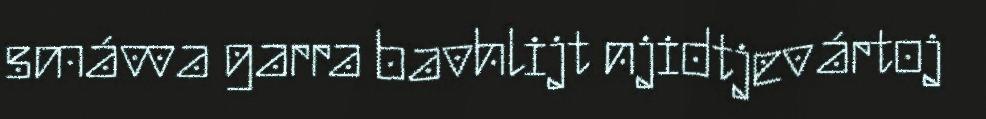
smávva garra bavhlijt njidtjevártoj